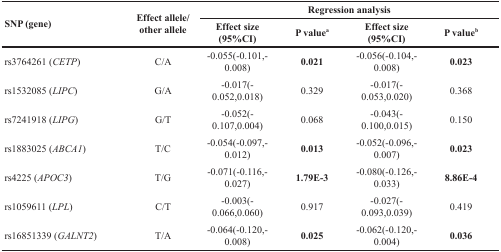
<table><thead><tr><td rowspan="2"><b>SNP (gene)</b></td><td rowspan="2"><b>Effect allele/other allele</b></td><td colspan="4"><b>Regression analysis</b></td></tr><tr><td><b>Effect size (95%CI)</b></td><td><b>P value<sup>a</sup></b></td><td><b>Effect size (95%CI)</b></td><td><b>P value<sup>b</sup></b></td></tr></thead><tbody><tr><td>rs3764261 (<i>CETP</i>)</td><td>C/A</td><td>−0.055n(−0.101,−0.008)</td><td><b>0.021</b></td><td>−0.056(−0.104,−0.008)</td><td><b>0.023</b></td></tr><tr><td>rs1532085 (<i>LIPC</i>)</td><td>G/A</td><td>−0.017(−0.052,0.018)</td><td>0.329</td><td>−0.017(−0.053,0.020)</td><td>0.368</td></tr><tr><td>rs7241918 (<i>LIPG</i>)</td><td>G/T</td><td>−0.052(−0.107,0.004)</td><td>0.068</td><td>−0.043(−0.100,0.015)</td><td>0.150</td></tr><tr><td>rs1883025 (<i>ABCA1</i>)</td><td>T/C</td><td>−0.054(−0.097,−0.012)</td><td><b>0.013</b></td><td>−0.052(−0.096,−0.007)</td><td><b>0.023</b></td></tr><tr><td>rs4225 (<i>APOC3</i>)</td><td>T/G</td><td>−0.071(−0.116,−0.027)</td><td><b>1.79E-3</b></td><td>−0.080(−0.126,−0.033)</td><td><b>8.86E-4</b></td></tr><tr><td>rs1059611 (<i>LPL</i>)</td><td>C/T</td><td>−0.003(−0.066,0.060)</td><td>0.917</td><td>−0.027(−0.093,0.039)</td><td>0.419</td></tr><tr><td>rs16851339 (<i>GALNT2</i>)</td><td>T/A</td><td>−0.064(−0.120,−0.008)</td><td><b>0.025</b></td><td>−0.062(−0.120,−0.004)</td><td><b>0.036</b></td></tr></tbody></table>